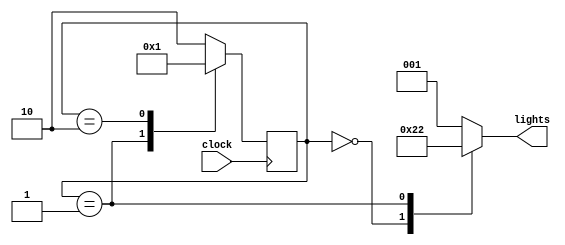
module traffic_lights(lights,clock);
parameter sr = 2'b00, sy = 2'b01, sg = 2'b10;
parameter red = 3'b100, yellow = 3'b010, green = 3'b001;
input clock;
output reg [2:0]lights;

reg [1:0] current;  // assign some value if want to start from a particular state. default is green.

// always @(posedge clock) begin
//     case (current)
//         sr:begin
//             lights = green;
//             current = sg;
//         end 

//         sy: begin
//             lights = red;
//             current = sr;
//         end

//         sg: begin
//             lights = yellow;
//             current = sy;
//         end
        
//         default: begin
//             lights = green;
//             current = sg;
//         end
//     endcase
// end

// both the ways are fine, it is just the way of writting and grouping which is shown here from 2 POVs.

always @(posedge clock) begin   // compute state on clock posedge
    case (current)
        sr:current = sg;
        sy:current = sr; 
        sg:current = sy;
        default: current = sg;
    endcase
end

always @(current) begin         // based on state show lights
    case (current)
        sr: lights = red;
        sy: lights = yellow;
        sg: lights = green; 
        default: lights = green;
    endcase
end

endmodule